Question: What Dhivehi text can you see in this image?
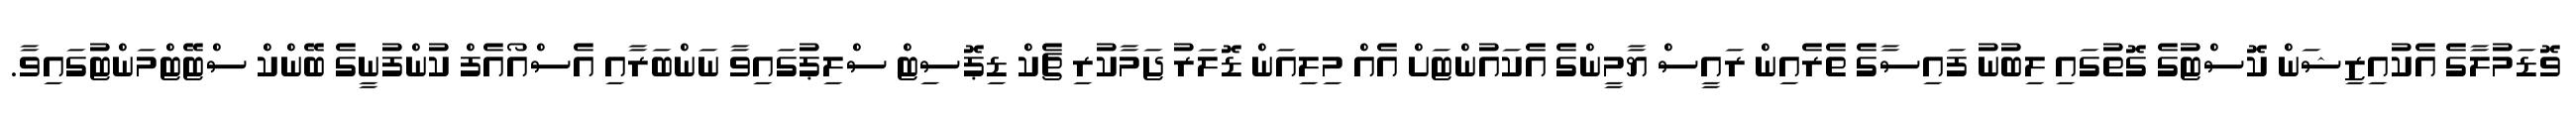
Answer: ވޮޑަމުލާގެ އެކުއިޒިޝަން ކޮސްޓުގެ ގޮތުގައި ލިބުނު ފައިސާގެ ތެރެއިން ރައީސް ޔާމީންގެ އެކައުންޓަށް އެއް މިލިއަން ޑޮލަރު ޖަމާކުރި ޗެކް ޑިޕޮސިޓް ސްލިޕުގައިވާ ނަންބަރާއި އެސްއޯއެފް ކުންފުނީގެ ބޭންކް ސްޓޭޓްމަންޓުގައިވާ.